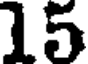
15